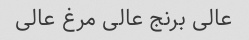
عالی برنج عالی مرغ عالی